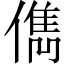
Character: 儁